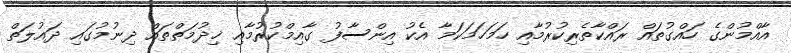
އާއްމުންގެ ހައްގުތައް ރައްކާތެރިކުރުމާއި ހަމަހަމަކަމާ އެކު އިންސާފު ގާއިމްކުރުމާއި ޚިދުމަތްތައް ދިނުމުގައި ދައުލަތް